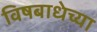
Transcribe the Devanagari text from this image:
विषबाधेच्या